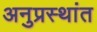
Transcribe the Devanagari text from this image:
अनुप्रस्थांत